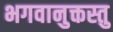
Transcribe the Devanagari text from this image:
भगवानुक्तस्तु